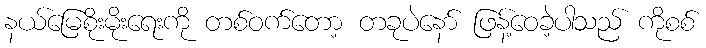
နယ်မြေစိုးမိုးရေးကို တစ်ဝက်တော့ တခုပဲနော် ဖြန့်ဝေခဲ့ပါသည် ကိုစစ်